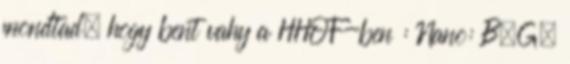
mondtad, hogy bent vahy a HHOF-ben : Nano: B.G.